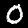
Label: 0